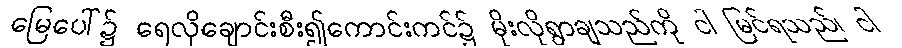
မြေပေါ်၌ ရေလိုချောင်းစီး၍ကောင်းကင်၌ မိုးလိုရွာချသည်ကို ငါ မြင်ရသည်၊ ငါ